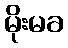
မိုးမခ